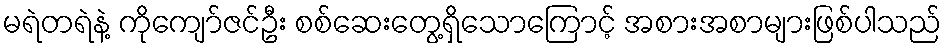
မရဲတရဲနဲ့ ကိုကျော်ဇင်ဦး စစ်ဆေးတွေ့ရှိသောကြောင့် အစားအစာများဖြစ်ပါသည်